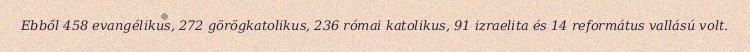
Ebből 458 evangélikus, 272 görögkatolikus, 236 római katolikus, 91 izraelita és 14 református vallású volt.